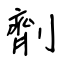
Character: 劑